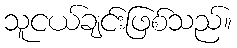
သူငယ်ချင်းဖြစ်သည်။